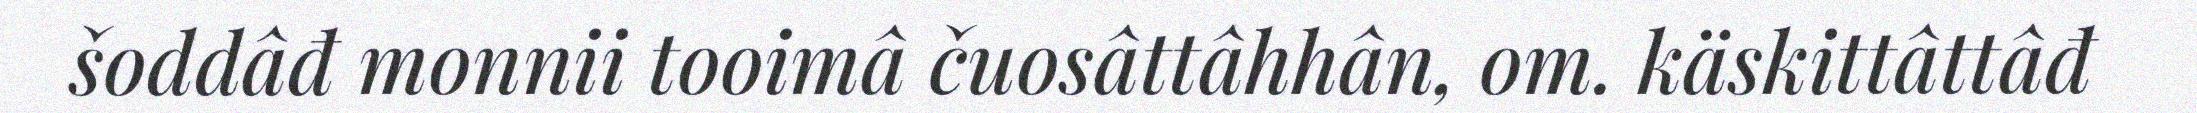
šoddâđ monnii tooimâ čuosâttâhhân, om. käskittâttâđ